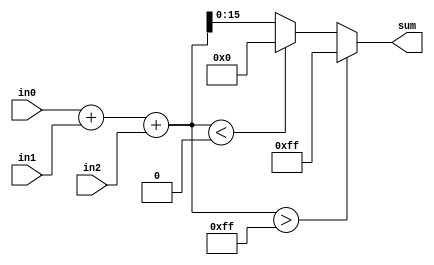
/////////////////////////////////////////////////////////////////////
// ---------------------- IVCAD 2020 Spring ---------------------- //
// ---------------------- Editor : Claire C ---------------------- //
// ---------------------- Version : v.1.00  ---------------------- //
// ---------------------- Date : 2020.02.05 ---------------------- //
// ----------------------        adder      ---------------------- //
/////////////////////////////////////////////////////////////////////

module sat_adder(in0, in1, in2, sum);

input  signed[33:0]	in0, in1, in2;
output signed[15:0]	sum;

wire signed[35:0]temp=(in0+in1+in2);
assign sum=($signed(temp)>$signed(36'd255))?16'd255:($signed(temp)<$signed(36'd0))?16'd0:temp[15:0];

endmodule